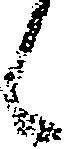
候